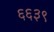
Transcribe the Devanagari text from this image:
६६३९